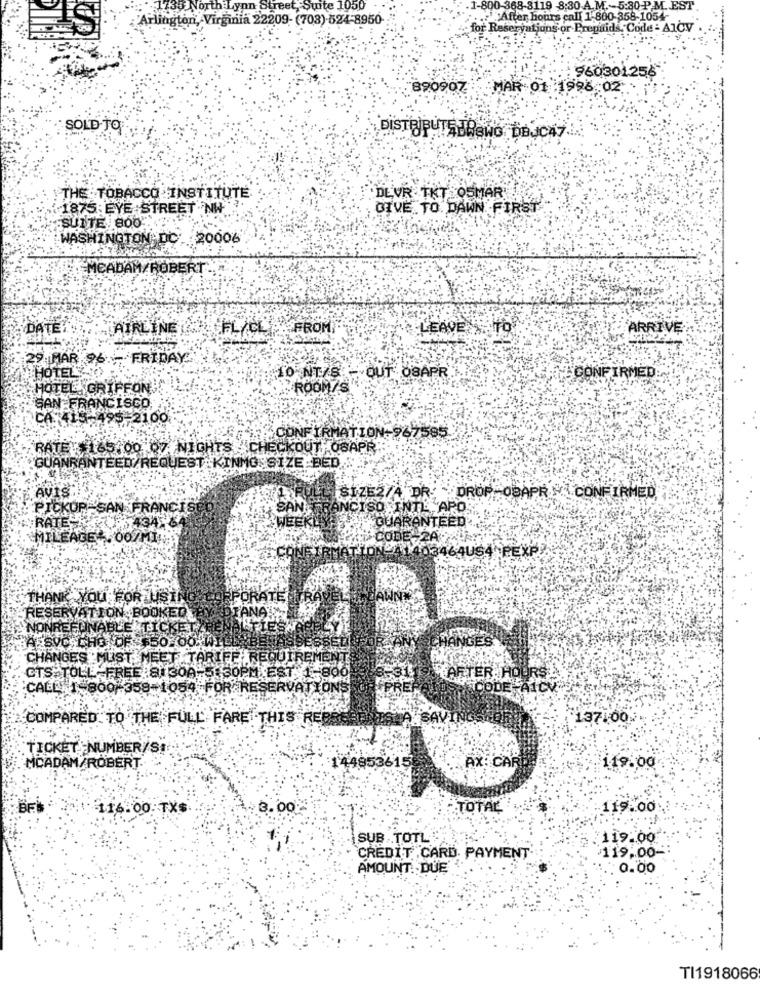
735: Northalynn Street, Suite 1050
1-800-368-3119 8:30 A. M. 5:80 P.M. EST
Arlington, Virginia 22209- (708) 524-8950-
... "After hours call 1-800-358-1054-
for Reservations or Prepaids. Code - AlCy
960301.256
890907 MAR 01 1998 02
SOLD TO
DISTRIBUTEURSHO BBJCAT
THE TOBACCO INSTITUTE
DEVR TKT OSMAR
1875:EYE STREET NW
GIVE TO DAWN FIRST
SUITE 800"
WASHINGTON DC
20006
MCADAM/ROBERT
DATE
AIRLINE
FL/CL FROM
LEAVE TO
ARRIVE
29 MAR 96. FRIDAY
HOTEL3-10
CONFIRMED
TO NT/S OUT OSAPR
: ROOM SNA
HOTELL. GRIFFON
SAN FRANCISCO,
CA-415-495-2100
CONFIRMATION-967585
RATE: 165.00 07 NIGHTS "CH
CKOUTH OSAPR
GUANRANTEED/REQUEST KING SIZE BED.
AV18.
SIZE2/A DR
DROP-OBAPR .CONFIRMED,
PICKUP SAN FRANCISCO
SA
ISO INTL APOR
RATESH
WEE
GUARANTEED
MILEAGE .00/MIN
CODE 2A-LA
403464US4 PEXP;
THANK YOU FOR TUSIN
FURATE
ANATY
RESERVATION BOOKED
NONREFUNABLE TICKET
STES
AESVOS CHO OF
$$50.00;
CHANGES MUST MEET TARIFE REQUIREMENT
CTS.TOLL-FREE :81 300-5:30PM EST 1-800
STARTER.
URS
CALL: 1-300 -358-1054 -FOR RESERVATIONS
CODE A1CV
COMPARED TO THE FULL FARE THIS REB
SAVIN
137:00
. TICKET NUMBER/ST
44853615
.AX: CARD
MCADAM/ROBERT
:119.00
BE
116.00.
FXS
3.00
TOTAL
119.00
SUB TOTL
:119.00
119.00-
CREDIT CARD PAYMENT'
AMOUNT. DUE
0.00
TI1918066